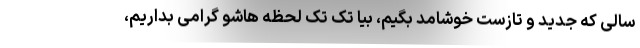
سالی که جدید و تازست خوشامد بگیم، بیا تک تک لحظه هاشو گرامی بداریم،